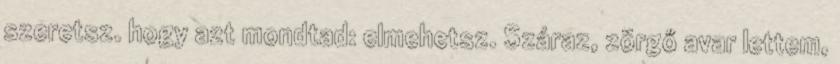
szeretsz. hogy azt mondtad: elmehetsz. Száraz, zörgő avar lettem,